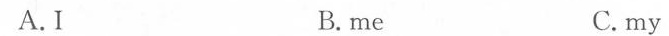
A.I B.me C.my